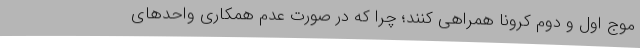
موج اول و دوم کرونا همراهی کنند؛ چرا که در صورت عدم همکاری واحدهای